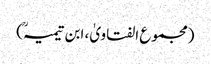
(مجموع الفتاویٰ، ابن تیمیہؒ)